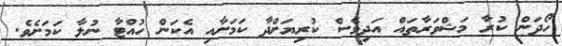
ހޯދަން ކުރާ މަޝްވަރާތައް އަދިވެސް ކުރިޔަށްދާ ކަމަށާއި އެކަން ހުއްޓާ ނުލާ ކަމަށެވެ.